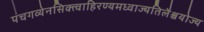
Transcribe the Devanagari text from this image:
पंचगव्येनसिक्त्वाहिरण्यमध्वाज्यतिलैश्चयोज्य